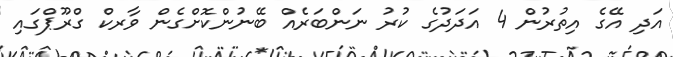
އަދި އޭގެ އިތުރުން 4 އަދަދުގެ ކުރު ނަންބަރެއް ބޭނުންކޮށްގެން ވާރކް ގްރޫޕްގައި